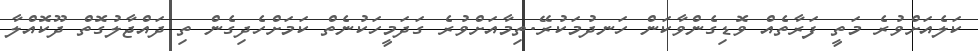
ކަލެއަށްވުރެ މަތީ ފަރާތެއް ވޮޑިގެންވާކަން ހަނދުމަކުރޭ.ތިމާއަށްވުރެ ގަދަމީހަކުނެތް ކަމަށްހެދިގެން ތި ދައްޖާލުގޮތް ދޫކޮއްލާ